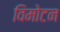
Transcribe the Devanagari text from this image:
विमोटन